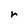
Character: r